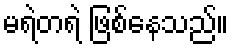
မရဲတရဲ ဖြစ်နေသည်။